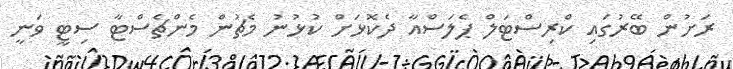
ރަށުން ބޭރުގައި ކްރިސްޓަލް ޕެލަސްއާ ދެކޮޅަށް ކުޅުނު މެޗުން މެންޗެސްޓާ ސިޓީ ވަނީ